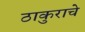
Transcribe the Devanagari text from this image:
ठाकुराचे